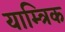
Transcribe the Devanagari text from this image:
याम्त्रिक